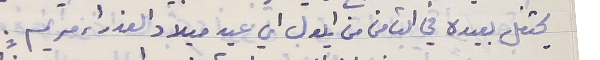
يحتفل بعيده في الثامن من ايلول اي عيد ميلاد العذراء مريم.